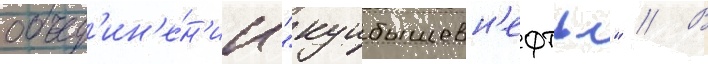
объед'ин'е́н'ии "куибышевн'ефть" // В